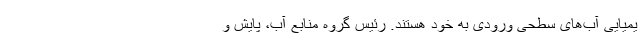
یمیایی آب‌های سطحی ورودی به خود هستند. رئیس گروه منابع آب، پایش و